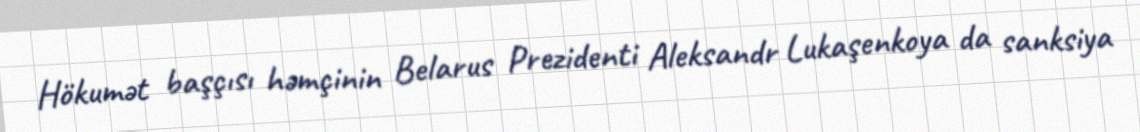
Hökumət başçısı həmçinin Belarus Prezidenti Aleksandr Lukaşenkoya da sanksiya